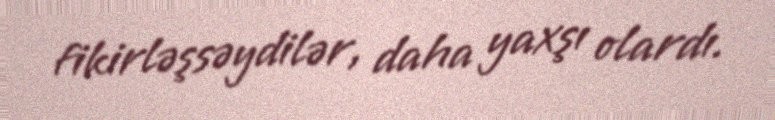
fikirləşsəydilər, daha yaxşı olardı.